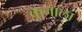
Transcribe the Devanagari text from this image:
कुनाला